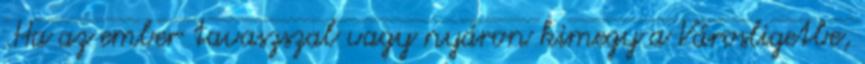
.Ha az ember tavaszszal vagy nyáron kimegy a Városligetbe,